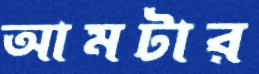
আমটার